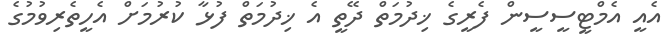
އެއީ އެމްޓީސީސީން ފެރީގެ ޚިދުމަތް ދޭތީ އެ ޚިދުމަތް ފުޅާ ކުރުމަށް އެހީތެރިވުމުގެ